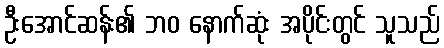
ဦးအောင်ဆန်း၏ ဘဝ နောက်ဆုံး အပိုင်းတွင် သူသည်